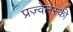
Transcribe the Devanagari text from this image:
प्रज़्वेलस्की